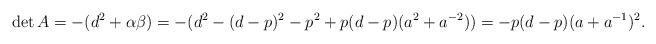
LaTeX: \begin{align*}\det A=-(d^2 +\alpha\beta)=-(d^2 - (d-p)^2 -p^2 +p(d-p)(a^2+a^{-2}))=-p(d-p)(a+a^{-1})^2.\end{align*}